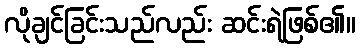
လိုချင်ခြင်းသည်လည်း ဆင်းရဲဖြစ်၏။